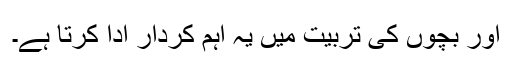
اور بچوں کی تربیت میں یہ اہم کردار ادا کرتا ہے۔